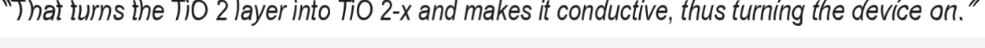
"That turns the TiO 2 layer into TiO 2-x and makes it conductive, thus turning the device on."